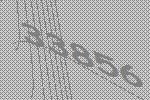
33856